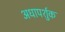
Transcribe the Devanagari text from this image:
अधापर्शुक